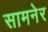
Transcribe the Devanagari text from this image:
सामनेर